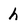
Character: h